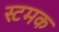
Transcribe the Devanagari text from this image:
स्टमक